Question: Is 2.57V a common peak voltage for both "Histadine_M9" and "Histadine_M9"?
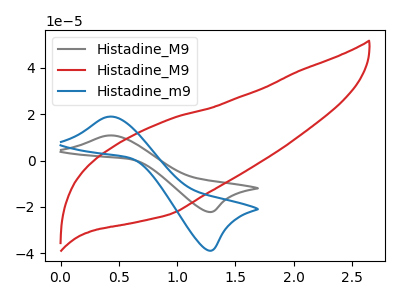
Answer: <think>The gray curve "Histadine_M9" has an anodic peak at (0.40V, 10.80uA) and a cathodic peak at (1.30V, -22.20uA). The red curve "Histadine_M9" has no peaks. The blue curve "Histadine_m9" has an anodic peak at (0.40V, 18.95uA) and a cathodic peak at (1.30V, -38.90uA).</think>
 <answer>No, "Histadine_M9" and "Histadine_M9" dont share a peak at 2.57V.</answer>
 <eval>mismatch</eval>